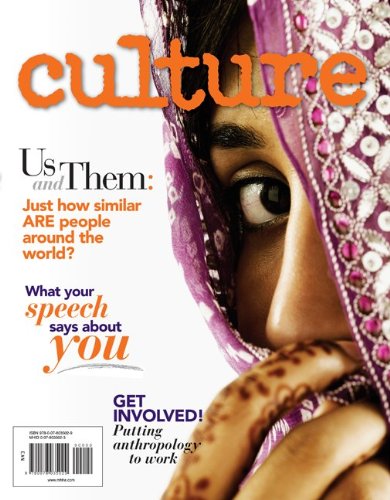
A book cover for CULTURE; Lisa Gezon; Politics & Social Sciences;